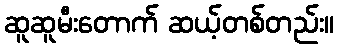
ဆူဆူမီးတောက် ဆယ့်တစ်တည်း။